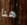
هنا